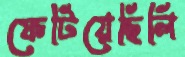
ফেটিয়েছিলি